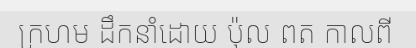
ក្រហម ដឹកនាំដោយ ប៉ុល ពត កាលពី